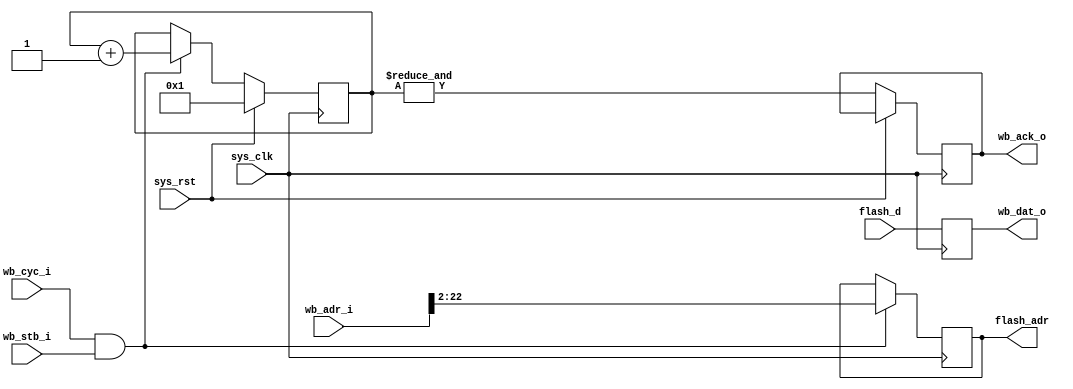
module norflash32 #(
	parameter adr_width = 21 /* in 32-bit words */
) (
	input sys_clk,
	input sys_rst,

	input [31:0] wb_adr_i,
	output reg [31:0] wb_dat_o,
	input wb_stb_i,
	input wb_cyc_i,
	output reg wb_ack_o,
	
	/* 32-bit granularity */
	output reg [adr_width-1:0] flash_adr,
	input [31:0] flash_d
);

always @(posedge sys_clk) begin
	/* Use IOB registers to prevent glitches on address lines */
	if(wb_cyc_i & wb_stb_i) /* register only when needed to reduce EMI */
		flash_adr <= wb_adr_i[adr_width+1:2];
	wb_dat_o <= flash_d;
end

/*
 * Timing of the ML401 flash chips is 110ns.
 * By using 16 cycles at 100MHz and counting
 * the I/O registers delay we have some margins
 * and simple hardware for generating WB ack.
 */
reg [3:0] counter;
always @(posedge sys_clk) begin
	if(sys_rst)
		counter <= 4'd1;
	else begin
		if(wb_cyc_i & wb_stb_i)
			counter <= counter + 4'd1;
		wb_ack_o <= &counter;
	end
end

endmodule